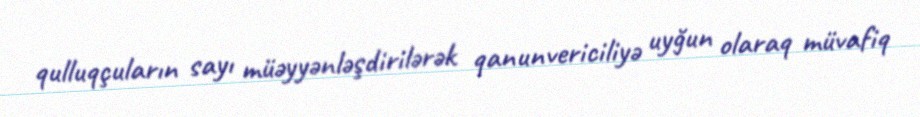
qulluqçuların sayı müəyyənləşdirilərək qanunvericiliyə uyğun olaraq müvafiq